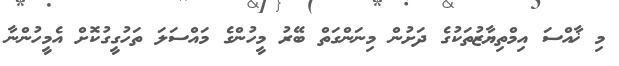
މި ޚާއްސަ އިމްތިޔާޒުތަކުގެ ދަށުން މިނަންގަތް ބޭރު މީހުންގެ މައްސަލަ ތަހުގީގުކޮށް އެމީހުންނާ